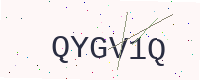
Text: QYGV1Q